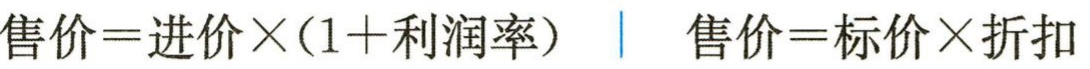
售价=进价×(1+利润率)  \| 售价=标价×折扣